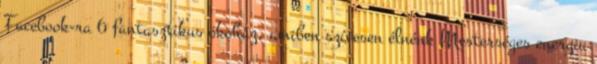
Facebook-ra 6 fantasztikus ökoház, amiben szívesen élnénk Mesterséges energia